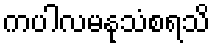
ကပါလမနုသံစရသိ